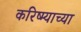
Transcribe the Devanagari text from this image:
करिष्म्याच्या